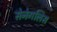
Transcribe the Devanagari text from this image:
सेनेगलिस